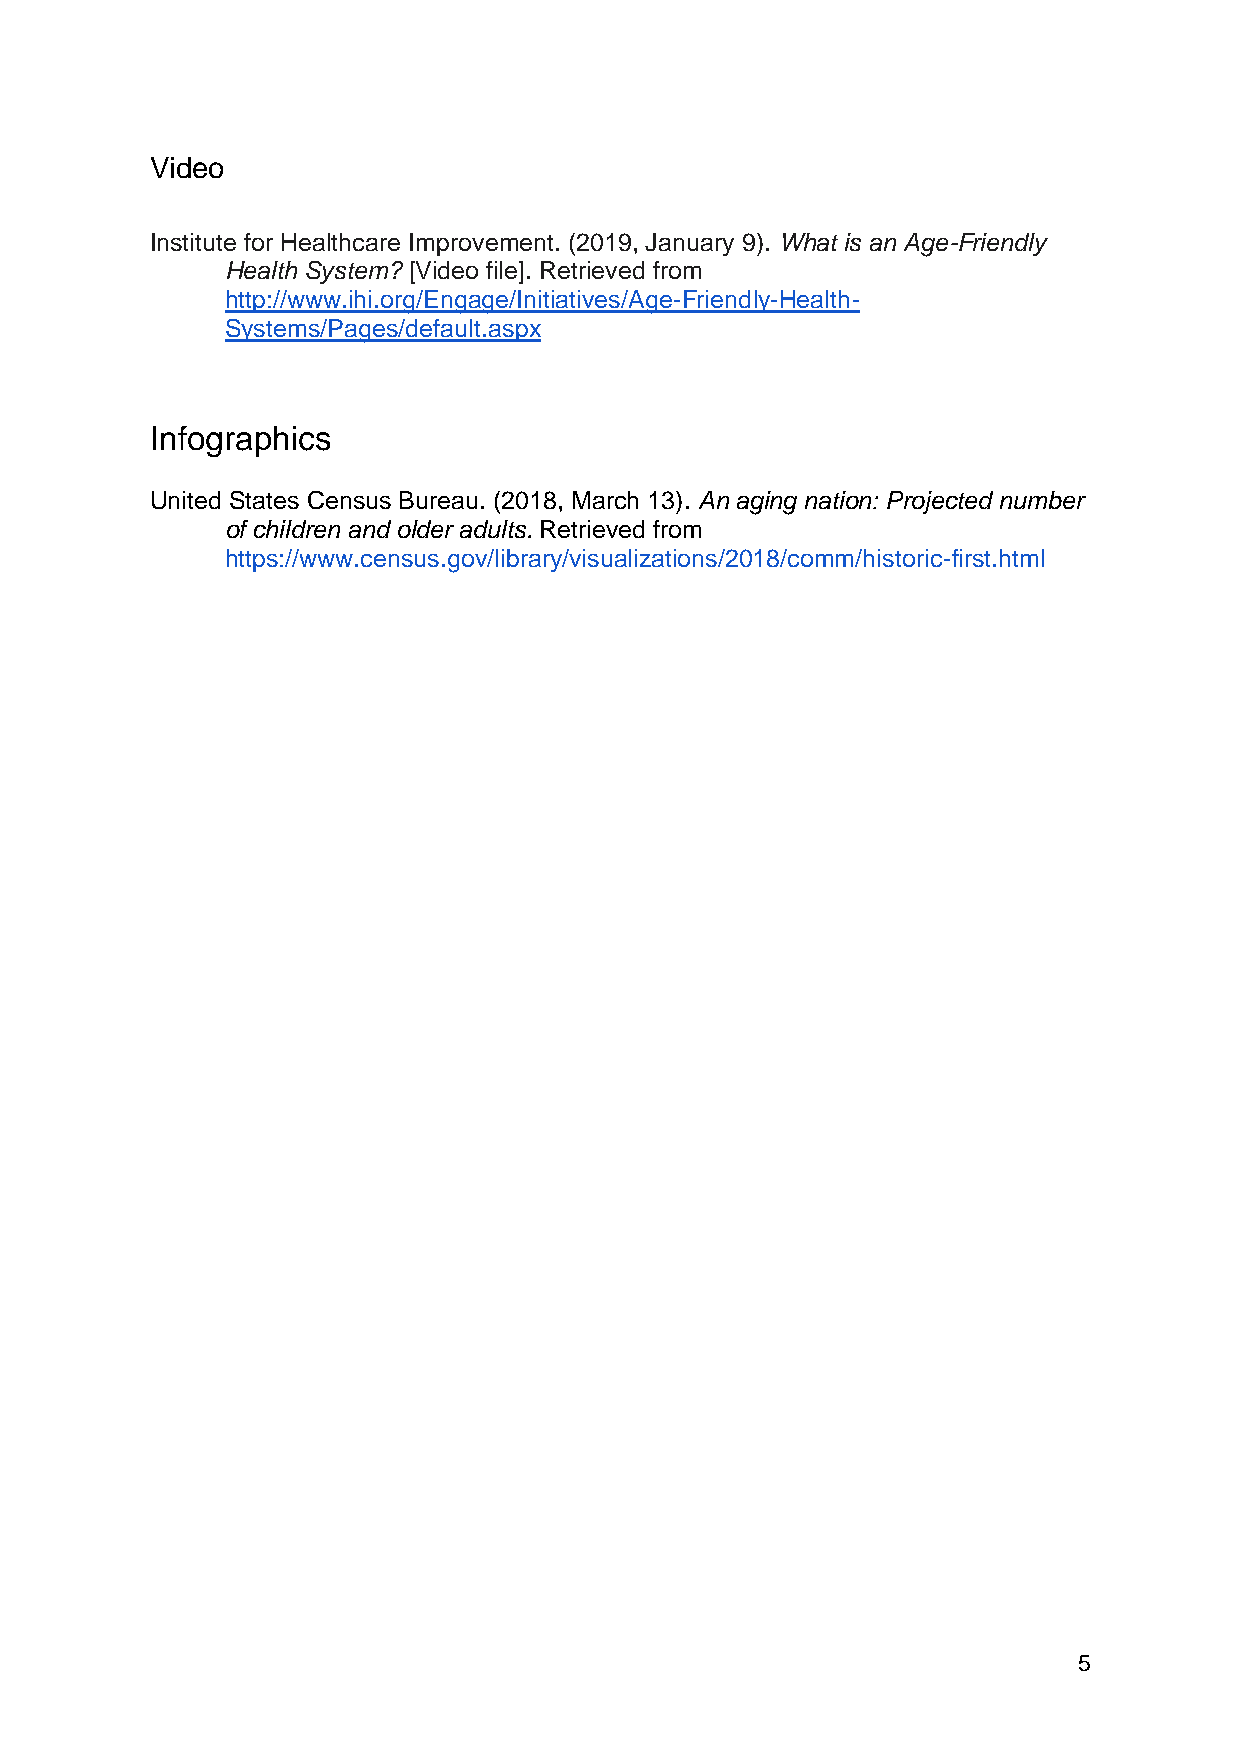
Video
 Institute for Healthcare Improvement. (2019, January 9). What is an Age-Friendly
 Health System? [Video file]. Retrieved from
 http://www.ihi.org/Engage/Initiatives/Age-Friendly-Health-
 Systems/Pages/default.aspx
 Infographics
 United States Census Bureau. (2018, March 13). An aging nation: Projected number
 of children and older adults. Retrieved from
 https://www.census.gov/library/visualizations/2018/comm/historic-first.html
 5